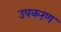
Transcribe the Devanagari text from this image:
उपकरंण